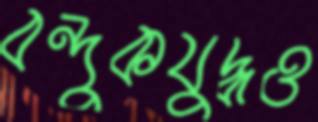
বন্দুকযুদ্ধও